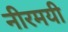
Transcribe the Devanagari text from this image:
नीरमयी